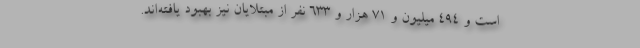
است و ۴۹۴ میلیون و ۷۱ هزار و ۶۳۳ نفر از مبتلایان نیز بهبود یافته‌اند.